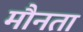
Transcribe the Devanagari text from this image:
मौनता